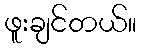
ဖူးချင်တယ်။